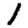
Digit: 1